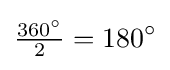
{\tfrac {360^{\circ }}{2}}=180^{\circ }